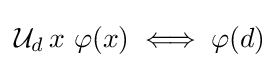
{\mathcal {U}}_{d}\,x\ \varphi (x)\iff \varphi (d)